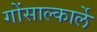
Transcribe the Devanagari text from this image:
गोंसाल्कार्ले